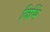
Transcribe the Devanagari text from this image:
विभिं